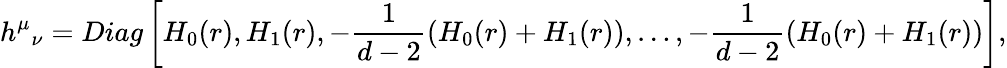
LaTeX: {h^{\mu}}_{\nu}=Diag\left[H_{0}(r),H_{1}(r),-\frac{1}{d-2}\left(H_{0}(r)+H_{1}(r)\right),\ldots,-\frac{1}{d-2}\left(H_{0}(r)+H_{1}(r)\right)\right],